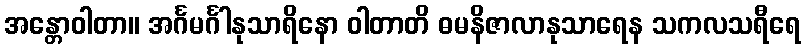
အန္တောဝါတာ။ အင်္ဂမင်္ဂါနုသာရိနော ဝါတာတိ ဓမနိဇာလာနုသာရေန သကလသရီရေ